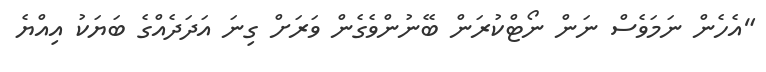
"އެހެން ނަމަވެސް ނަން ނޯޓްކުރަން ބޭނުންވެގެން ވަރަށް ގިނަ އަދަދެއްގެ ބަޔަކު އިއްޔެ